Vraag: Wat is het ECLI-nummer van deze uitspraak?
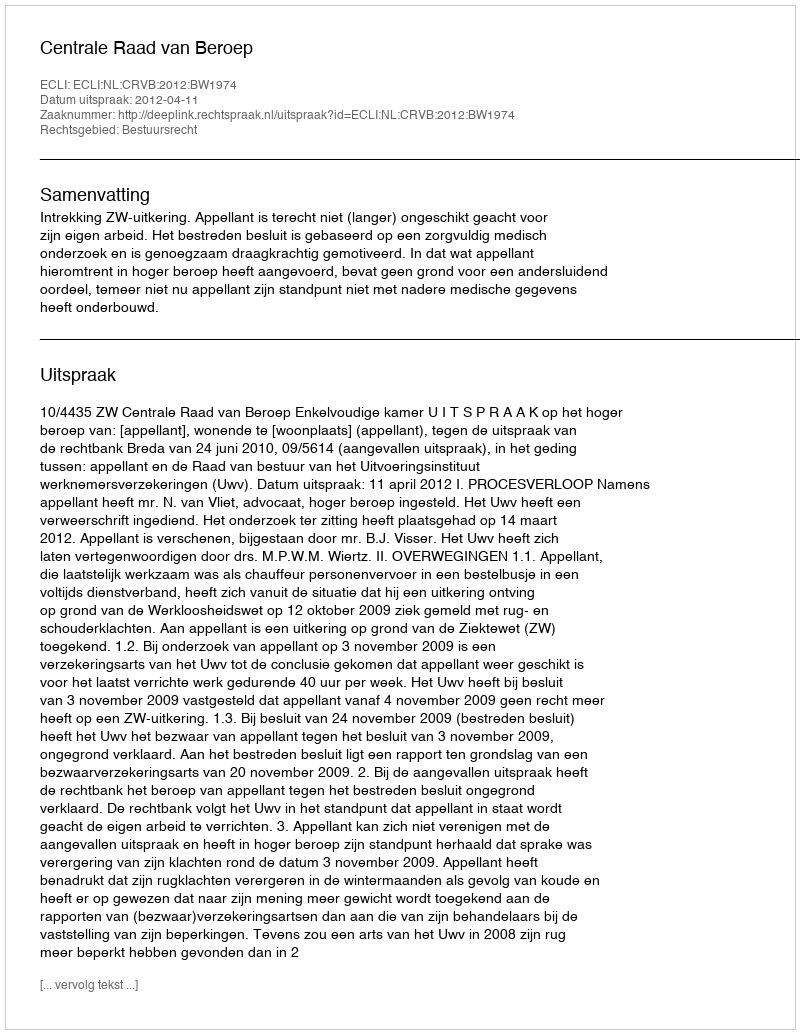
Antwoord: ECLI:NL:CRVB:2012:BW1974